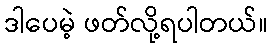
ဒါပေမဲ့ ဖတ်လို့ရပါတယ်။